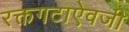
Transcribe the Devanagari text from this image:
रक्तगटाऐवजी